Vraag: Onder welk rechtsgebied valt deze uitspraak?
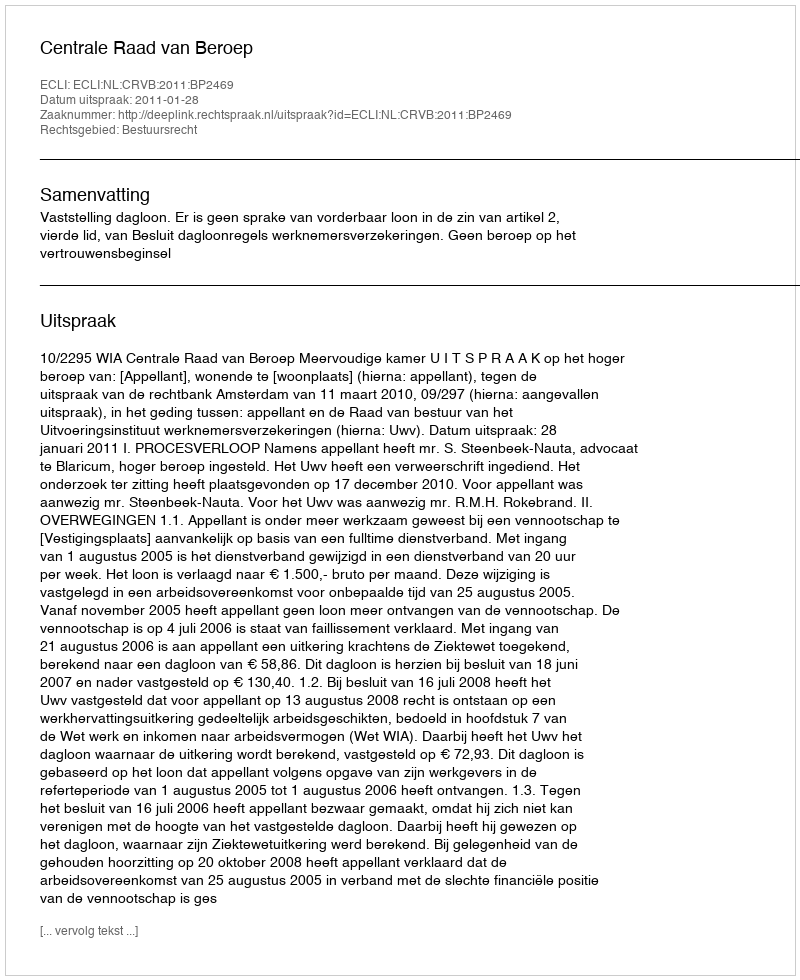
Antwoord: Bestuursrecht